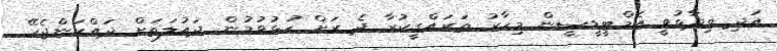
އަދި ވިދާޅުވީ އެމްޓީޑީސީން މިހާރު ތަރައްގީކުރާ ދެ ރަށް ހުޅުވުމުން ދައުލަތަށް ދައްކަންޖެހޭ